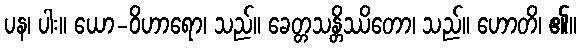
ပန၊ ပါး။ ယော-ဝိဟာရော၊ သည်။ ခေတ္တသန္တိဿိတော၊ သည်။ ဟောတိ၊ ၏။